Vital statistics of India. Vol. VI, European troops 1870-79
Year: 1870
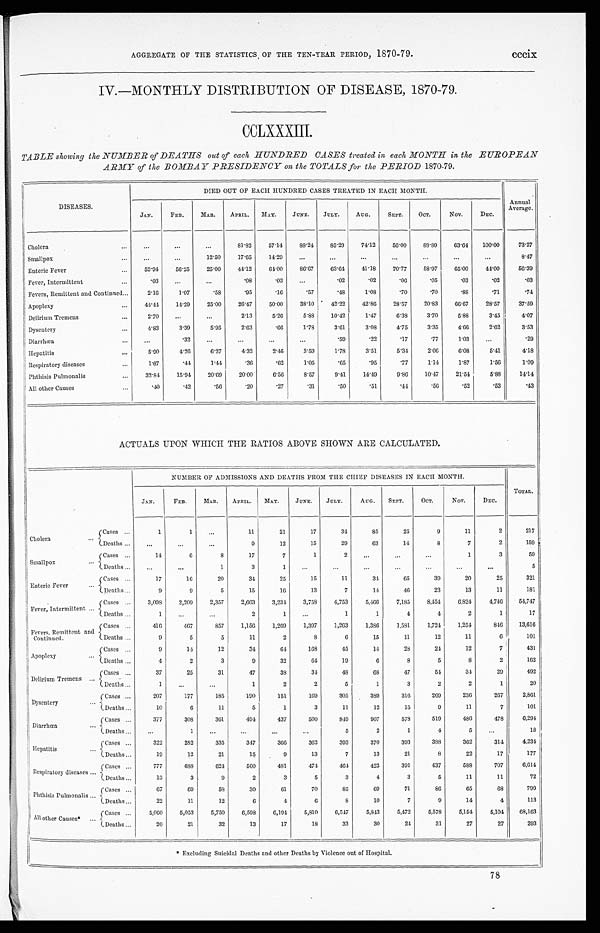
AGGREGATE OF THE STATISTICS OF THE TEN-YEAR PERIOD, 1870-79.
cccix
IV.—MONTHLY DISTRIBUTION OF DISEASE, 1870-79.
CCLXXXIII.
TABLE showing the NUMBER of DEATHS out of each HUNDRED CASES treated in each MONTH in the EUROPEAN
ARMY of the BOMBAY PRESIDENCY on the TOTALS for the PERIOD 1870-79.
DISEASES.
DIED OUT OF EACH HUNDRED CASES TREATED IN EACH MONTH.
Annual
Average.
JAN.
FEB.
MAR. APRIL. MAY.
JUNE.
JULY.
AUG.
SEPT.
OCT.
NOV.
DEC.
Cholera
...
...
...
81.82
57.14
88.24
85.29
74.12
56.00
88.89
63.64
100.00
73.27
Smallpox
. . . ...
. . .
12.50
17.65
14.29
...
...
...
...
...
. . .
. . .
8.47
Enteric Fever
. . . 52.94
56.25
25.00
44.12
64.00
86.67
63.64
41.18
70.77
58.97
65.00
44.00
56.39
Fever, Intermittent
. . . .03
...
...
.08
.03
...
.02
.02
.06
.05
.03
.02
.03
Fevers, Remittent and Continued . . . 2.16
1.07
.58
.95
.16
.57
.48
1.08
.70
.70
.88
.71
.74
Apoplexy
. . . 44.44
14.29
25.00
26.47
50.00
38.10
42.22
42.86
28.57
20.83
66.67
28.57
37.59
Delirium Tremens
. . . 2.70
. . .
...
2.13
5.26
5.88
10.42
1.47
6.38
3.70
5.88
3.45
4.07
Dysentery
. . . 4.83
3.39
5.95
2.63
.66
1.78
3.61
3.08
4.75
3.35
4.66
2.62
3.53
Diarrhœa
. . . ...
.32
. . .
. . .
...
...
.59
.22
.17
.77
1.03
...
.29
Hepatitis
. . . 5.90
4.26
6.27
4.32
2.46
3.59
1.78
3.51
5.34
2.06
6.08
5.41
4.18
Respiratory diseases
. . . 1.67
.41
1.44
.36
.62
1.05
.65
.95
.77
1.14
1.87
1.56
1.09
Phthisis Pulmonalis
. . . 32.84
15.94
20.69
20.00
6.56
8.57
9.41
14.49
9.86
10.47
21.54
5.88
14.14
All other Causes
. . . .40
.42
.56
.20
.27
.31
.50
.51
.44
.56
.52
.53
.43
ACTUALS UPON WHICH THE RATIOS ABOVE SHOWN ARE CALCULATED.
NUMBER OF ADMISSIONS AND DEATHS FROM THE CHIEF DISEASES IN EACH MONTH.
TOTAL.
JAN.
FEB.
MAR. APRIL. MAY.
JUNE.
JULY.
AUG. SEPT.
OCT.
NOV.
DEC.
Cholera
...
Cases
. . .
1
1
...
1 1
21
17
34
85
25
9
11
2
217
Deaths . . . ...
...
...
9
12
15
29
63
14
8
7
2
159
Smallpox
...
Cases
. . .
14
6
8
17
7
1
2
...
...
...
1
3
59
Deaths . . . ...
...
1
3
1
. . .
. . .
...
...
...
. . .
. . .
5
Enteric Fever
...
Cases
. . .
17
16
20
34
25
15
11
34
65
39
20
25
321
Deaths . . .
9
9
5
15
16
13
7
14
46
23
13
11
181
Fever, Intermittent ... Cases ...
3,098
2,209
2,357
2,663
3,234
3,758
4,753
5,466
7,185
8,454
6,824
4,746
54,747
Deaths ...
1
...
. . .
2
1
...
1
1
4
4
2
1
17
Fevers, Remittent and
Continued.
Cases ...
416
467
857
1,156
1,269
1,397
1,263
1,386
1,581
1,724
1,254
846
13,616
Deaths ...
9
5
5
11
2
8
6
15
11
12
11
6
101
Apoplexy
...
Cases . . .
9
14
12
34
6 4
168
45
14
28
24
12
7
431
Deaths . . .
4
2
3
9
32
64
19
6
8
5
8
2
162
Delirium Tremens ...
Cases ...
37
25
31
47
38
34
48
68
47
54
34
29
492
Deaths . . .
1
...
...
1
2
2
5
1
3
2
2
1
20
Dysentery
...
Cases . . .
207
177
185
190
151
169
305
389
316
269
236
267
2,861
Deaths ...
10
6
11
5
1
3
11
12
15
9
11
7
101
Diarrhœa
...
Cases ...
377
308
361
494
437
500
849
907
578
519
486
478
6,294
Deaths ...
...
1
. . .
. . .
. . .
...
5
2
1
4
5
...
18
Hepatitis
...
Cases ...
322
282
335
347
366
362
393
370
393
388
362
314
4,234
Deaths ...
19
12
21
15
9
13
7
13
21
8
22
17
177
Respiratory diseases ...
Cases ...
777
688
624
560
481
474
464
423
391
437
588
707
6,614
Deaths ...
13
3
9
2
3
5
3
4
3
5
11
11
72
Phthisis Pulmonalis ...
Cases ...
67
69
58
30
61
70
85
69
71
86
65
68
799
Deaths . . .
22
11
12
6
4
6
8
10
7
9
14
4
113
All other Causes* ...
Cases ...
5,060
5,053
5,750
6,598
6,194
5,810
6,547
5,843
5,472
5,578
5,154
5,104
68,163
Deaths ...
20
21
32
13
17
18
33
30
24
31
27
27
293
* Excluding Suicidal Deaths and other Deaths by Violence out of Hospital.
78